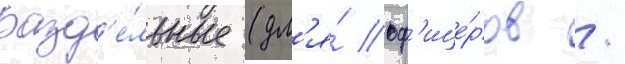
разд'е́льные (дл'я́ оф'ице́ров /